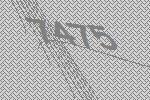
7475